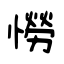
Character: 憦